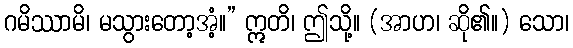
ဂမိဿာမိ၊ မသွားတော့အံ့။” ဣတိ၊ ဤသို့။ (အာဟ၊ ဆို၏။) သော၊